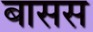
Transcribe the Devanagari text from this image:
बासस